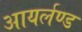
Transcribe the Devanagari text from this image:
आयर्लण्ड